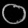
Digit: ၀